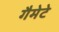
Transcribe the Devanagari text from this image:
गैमेटे